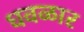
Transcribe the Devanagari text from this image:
धवळार